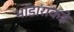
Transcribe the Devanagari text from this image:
भांडाराकडे